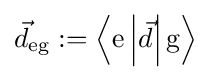
{\vec {d}}_{\text{eg}}\mathrel {:=} \left\langle {\text{e}}\left|{\vec {d}}\right|{\text{g}}\right\rangle